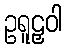
ဥရူဠှဝါ